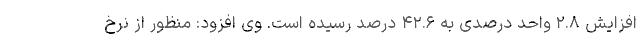
افزایش ۲.۸ واحد درصدی به ۴۲.۶ درصد رسیده است. وی افزود: منظور از نرخ